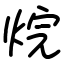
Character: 烷